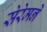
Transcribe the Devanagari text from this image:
सेरेमने